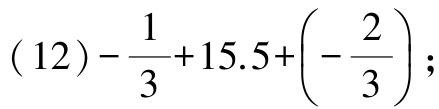
\((12)-\frac{1}{3}+15.5+\left(-\frac{2}{3}\right);\)